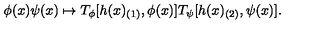
\phi ( x ) \psi ( x ) \mapsto T _ { \phi } [ h ( x ) _ { ( 1 ) } , \phi ( x ) ] T _ { \psi } [ h ( x ) _ { ( 2 ) } , \psi ( x ) ] .